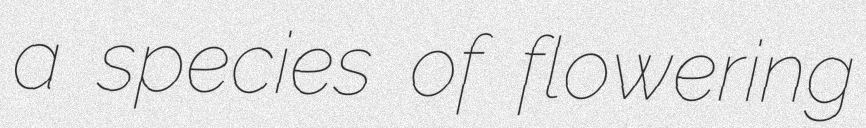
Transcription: a species of flowering